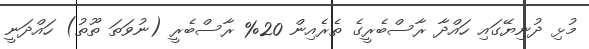
މުޅި ދުނިޔޭގައި ހައްދާ ރާސްބެރީގެ ތެރެއިން 20% ރާސްބެރީ (ނުވަތަ ތޫތު) ހައްދަނީ